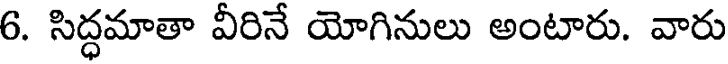
6. సిద్ధమాతా వీరినే యోగినులు అంటారు. వారు